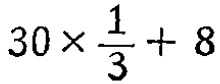
$30\times\frac{1}{3}+8$